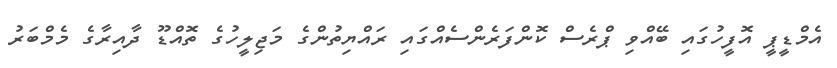
އެމްޑީޕީ އޮފީހުގައި ބޭއްވި ޕްރެސް ކޮންފަރެންސެއްގައި ރައްޔިތުންގެ މަޖިލީހުގެ ތޮއްޑޫ ދާއިރާގެ މެމްބަރު